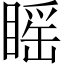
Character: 䁘